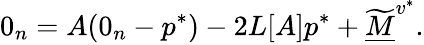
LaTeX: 0_{n}=A(0_{n}-p^{*})-2L[A]p^{*}+\widetilde{\underline{M}}^{v^{*}}.